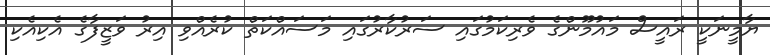
ޔާމީނަކީ ރައީސް މައުމޫންގެ ވެރިކަމުގައި ސަރުކާރުގައި މަސައްކަތް ކުރެއްވި އިރު ވަޒީފާގެ އެކިއެކި